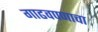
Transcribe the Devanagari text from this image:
गाढवपणाचा